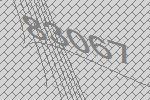
83067